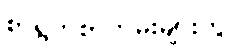
စာရွက်စာတမ်းများတွင်